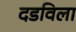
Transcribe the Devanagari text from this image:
दडविला